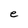
Character: e